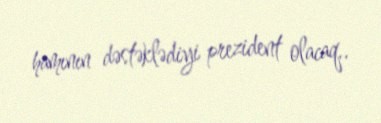
hamının dəstəklədiyi prezident olacaq..